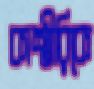
কাশ্মীরিকে